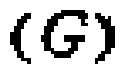
$(G)$